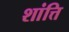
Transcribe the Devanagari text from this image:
शांत्ति